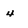
Character: 4